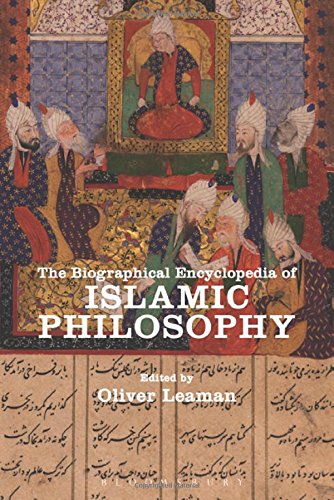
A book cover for The Biographical Encyclopedia of Islamic Philosophy; Religion & Spirituality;